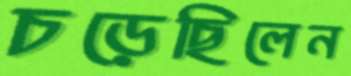
চড়েছিলেন